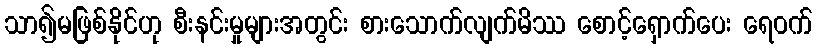
သာ၍မဖြစ်နိုင်ဟု စီးနင်းမှုများအတွင်း စားသောက်လျက်မိဿ စောင့်ရှောက်ပေး ရေဝက်